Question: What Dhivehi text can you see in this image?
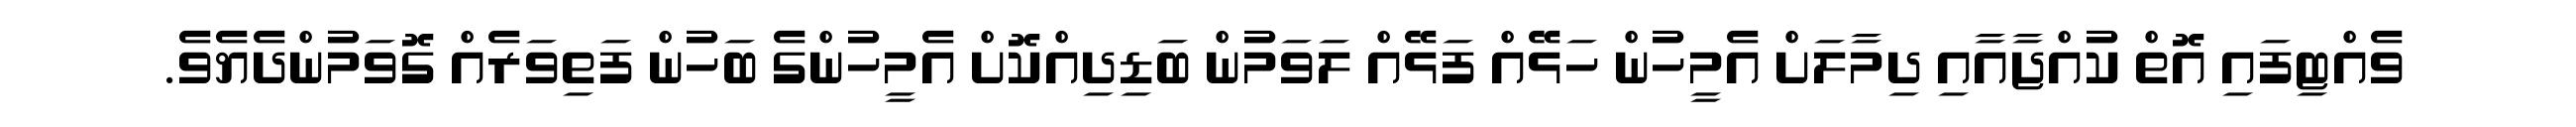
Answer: ވެއްޓިފައި އޮތް ކުއްޖާއާއި ދިމާލަށް އެމީހުން ހަޅޭއް ފަޅޭއް ލަވަމުން ބަޑިދިއްކޮށް އެމީހުންގެ ބަހުން ފަތިވަރެއް ގޮވަމުންދެޔެވެ.